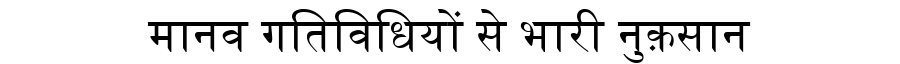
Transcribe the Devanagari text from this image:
मानव गतिविधियों से भारी नुक़सान